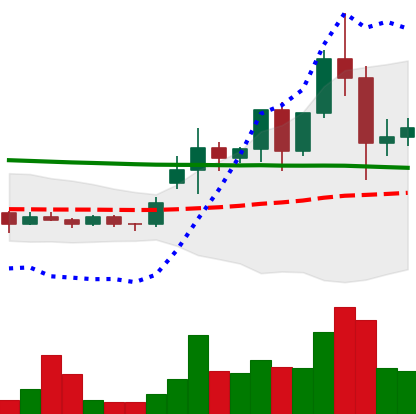
Ticker: ETC-USD
Chart end date: 2020-11-28
Forward return: 4.02%
Label: up_3_5